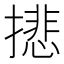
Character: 𢴾